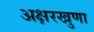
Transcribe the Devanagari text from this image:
अक्षरखुणा